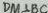
D M \bot B C